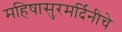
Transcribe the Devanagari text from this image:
महिषासुरमर्दिनीचे